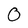
Character: O